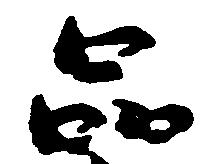
品